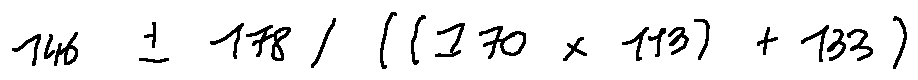
1 4 6 \pm 1 7 8 / ( ( 1 7 0 \times 1 1 3 ) + 1 3 3 )